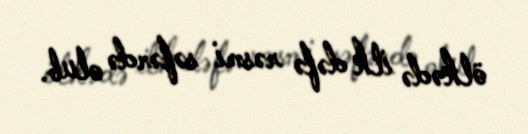
ölkədə ilk dəfə rəsmi səfərdə olub.